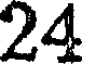
24